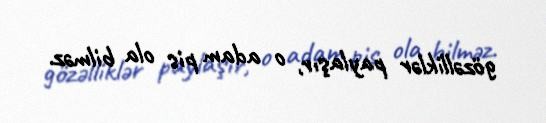
gözəlliklər paylaşır, o adam pis ola bilməz.